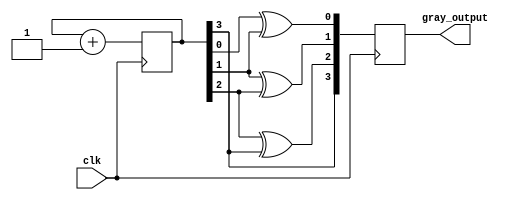
module GrayCounter (
    input wire clk,
    output reg [3:0] gray_output
);

reg [3:0] binary_counter;

always @(posedge clk) begin
    binary_counter <= binary_counter + 1;
    
    gray_output[0] <= binary_counter[0] ^ binary_counter[1];
    gray_output[1] <= binary_counter[1] ^ binary_counter[2];
    gray_output[2] <= binary_counter[2] ^ binary_counter[3];
    gray_output[3] <= binary_counter[3];
end

endmodule